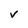
Character: v